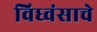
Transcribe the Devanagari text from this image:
विध्वंसाचे